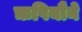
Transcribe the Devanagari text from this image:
ऋषियौने